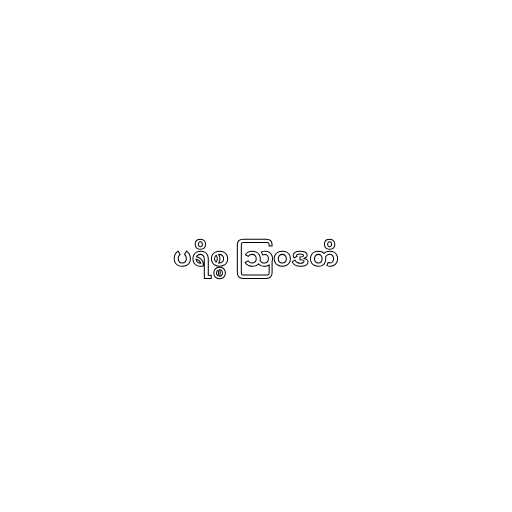
ပရိစ္စ ဩဝဒတိ